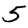
Digit: 5